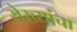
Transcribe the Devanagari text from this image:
रोख्यांचा